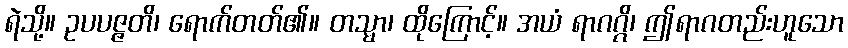
ရဲသို့။ ဥပပဇ္ဇတိ၊ ရောက်တတ်၏။ တသ္မာ၊ ထိုကြောင့်။ အယံ ရာဂဂ္ဂိ၊ ဤရာဂတည်းဟူသော